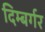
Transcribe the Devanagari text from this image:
दिम्बर्गर